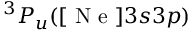
^ 3 P _ { u } ( [ \mathrm { ~ N ~ e ~ } ] 3 s 3 p )